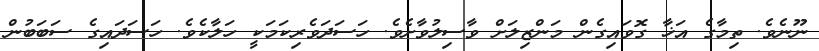
ނޫނެވެ. ތިމާގެ އަޚާ ގޮވައިގެން މަންޒިލަށް ވާސިލުވާށެވެ. ހަސަދަވެރިކަމަކީ ހަލާކެވެ. ހަސަދައިގެ ސަބަބުން